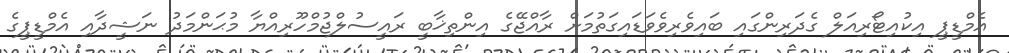
އެމްޑީޕީ އިކުއިޓޯރިއަލް ގެދަރިންގައި ބައިވެރިވެވަޑައިގަތުމަށް ރާއްޖޭގެ އިންތިޚާބީ ރައީސުލްޖުމްހޫރިއްޔާ މުޙަންމަދު ނަޝީދާއި އެމްޑީޕީގެ